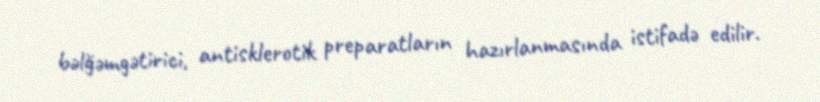
bəlğəmgətirici, antisklerotik preparatların hazırlanmasında istifadə edilir.